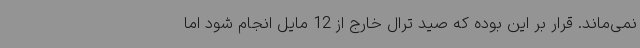
نمی‌ماند. قرار بر این بوده که صید ترال خارج از 12 مایل انجام شود اما